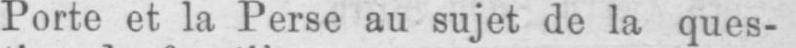
Porte et la Perse au sujet de la ques-